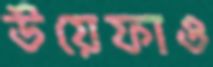
উয়েফাও